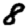
Digit: 8